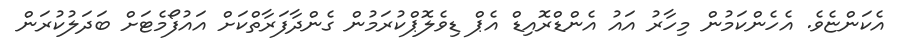
އެކަންޏެވެ. އެހެންކަމުން މިހާރު އައު އެންޑްރޮއިޑް އެޕް ޑިވެލޮޕްކުރަމުން ގެންދާފަރާތްކަށް އައުފޯމެޓަށް ބަދަލުކުރަން